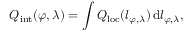
Q _ { \mathrm { i n t } } ( \varphi , \lambda ) = \int Q _ { \mathrm { l o c } } ( l _ { \varphi , \lambda } ) \, \mathrm { d } l _ { \varphi , \lambda } ,